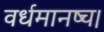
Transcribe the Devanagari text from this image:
वर्धमानष्च।